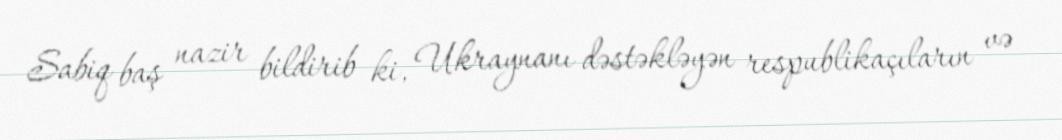
Sabiq baş nazir bildirib ki, Ukraynanı dəstəkləyən respublikaçıların və